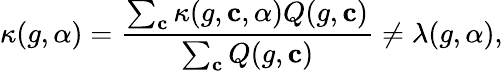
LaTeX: \kappa(g,\alpha)=\frac{\sum_{\mathbf{c}}\kappa(g,\mathbf{c},\alpha)Q(g,\mathbf{c})}{\sum_{\mathbf{c}}Q(g,\mathbf{c})}\neq\lambda(g,\alpha),